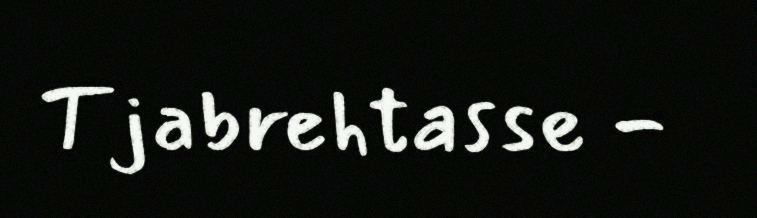
Tjabrehtasse -